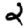
Digit: 2